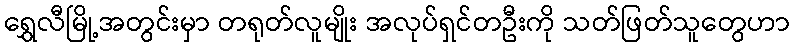
ရွှေလီမြို့အတွင်းမှာ တရုတ်လူမျိုး အလုပ်ရှင်တဦးကို သတ်ဖြတ်သူတွေဟာ